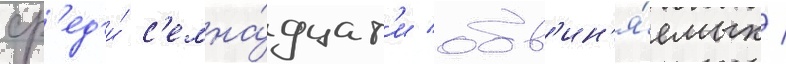
ср'ед'и́ с'емна́дцат'и обв'ин'я́емых /